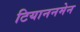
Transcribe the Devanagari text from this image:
टियाननमेन